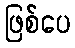
ဖြစ်ပေ